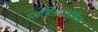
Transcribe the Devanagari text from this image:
साहित्याखेरीज